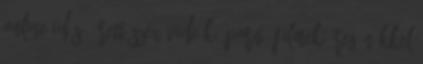
online idős, érett szex videók, pornó filmek öreg nőkkel